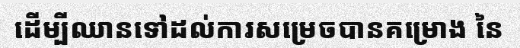
ដើម្បីឈានទៅដល់ការសម្រេចបានគម្រោង នៃ